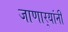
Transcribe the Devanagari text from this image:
जाणार्‍यांनी